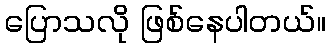
ပြောသလို ဖြစ်နေပါတယ်။